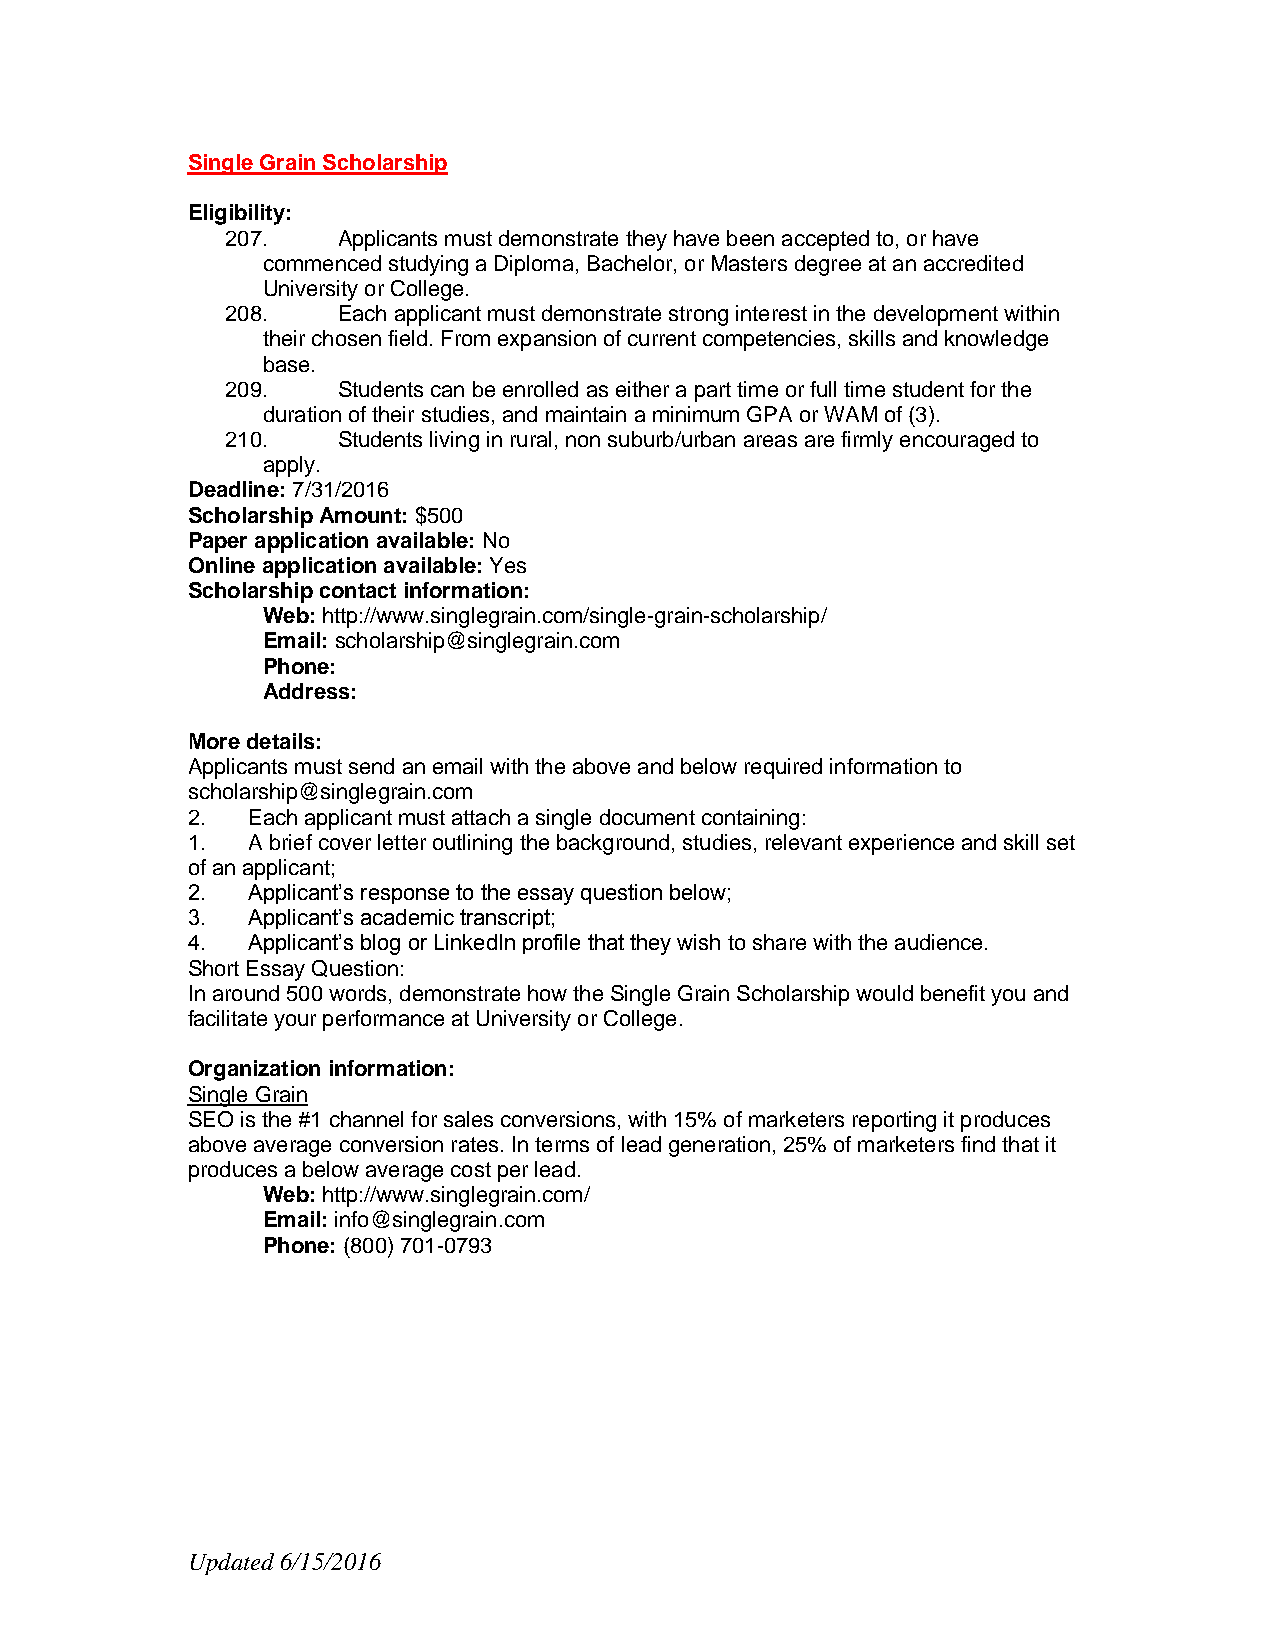
Single Grain Scholarship
 Eligibility:
 207.   Applicants must demonstrate they have been accepted to, or have
 commenced studying a Diploma, Bachelor, or Masters degree at an accredited
 University or College.
 208.   Each applicant must demonstrate strong interest in the development within
 their chosen field. From expansion of current competencies, skills and knowledge
 base.
 209.   Students can be enrolled as either a part time or full time student for the
 duration of their studies, and maintain a minimum GPA or WAM of (3).
 210.   Students living in rural, non suburb/urban areas are firmly encouraged to
 apply.
 Deadline: 7/31/2016
 Scholarship Amount: $500
 Paper application available: No
 Online application available: Yes
 Scholarship contact information:
 Web: http://www.singlegrain.com/single-grain-scholarship/
 Email: scholarship@singlegrain.com
 Phone:
 Address:
 More details:
 Applicants must send an email with the above and below required information to
 scholarship@singlegrain.com
 2.  Each applicant must attach a single document containing:
 1.  A brief cover letter outlining the background, studies, relevant experience and skill set
 of an applicant;
 2.  Applicant’s response to the essay question below;
 3.  Applicant’s academic transcript;
 4.  Applicant’s blog or LinkedIn profile that they wish to share with the audience.
 Short Essay Question:
 In around 500 words, demonstrate how the Single Grain Scholarship would benefit you and
 facilitate your performance at University or College.
 Organization information:
 Single Grain
 SEO is the #1 channel for sales conversions, with 15% of marketers reporting it produces
 above average conversion rates. In terms of lead generation, 25% of marketers find that it
 produces a below average cost per lead.
 Web: http://www.singlegrain.com/
 Email: info@singlegrain.com
 Phone: (800) 701-0793
 Updated 6/15/2016